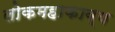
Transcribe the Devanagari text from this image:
लोकमहाकाव्य